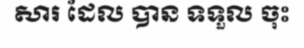
សារ ដែល បាន ទទួល ចុះ